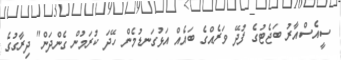
ސީއެސްއާރު ބަޖެޓުގެ ފުދޭ ވަރެއްގެ ބައެއް އަޅުގަނޑުމެން ހޭދަ ކުރަމުން ގެންދަން" ދިރާގުގެ